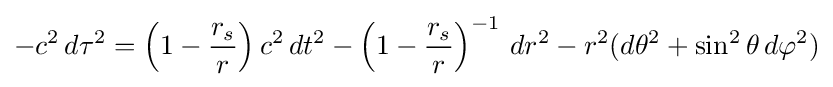
-c^{2}\,d\tau ^{2}=\left(1-{\frac {r_{s}}{r}}\right)c^{2}\,dt^{2}-\left(1-{\frac {r_{s}}{r}}\right)^{-1}\,dr^{2}-r^{2}(d\theta ^{2}+\sin ^{2}\theta \,d\varphi ^{2})